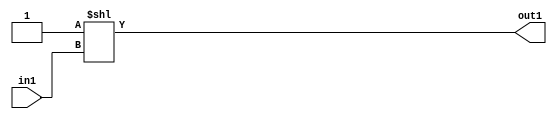
`timescale 1ps / 1ps
/*****************************************************************************
    Verilog RTL Description
    
    
    Created by: Stratus DpOpt 2019.1.01 
*******************************************************************************/

module pe_array_DECODE_2U_4_4_2 (
	in1,
	out1
	); /* architecture "behavioural" */ 
input  in1;
output [1:0] out1;
wire [1:0] asc001;

assign asc001 = 2'B01 << in1;

assign out1 = asc001;
endmodule

/* CADENCE  urb1Tw4= : u9/ySgnWtBlWxVPRXgAZ4Og= ** DO NOT EDIT THIS LINE ******/